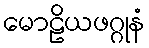
မောဠိယဖဂ္ဂုနံ